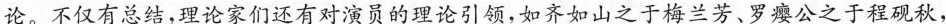
论。不仅有总结，理论家们还有对演员的理论引领，如齐如山之于梅兰芳、罗瘿公之于程砚秋，